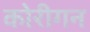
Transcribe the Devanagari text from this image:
कोरीगन